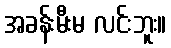
အခန်းမီးမ လင်းဘူး။